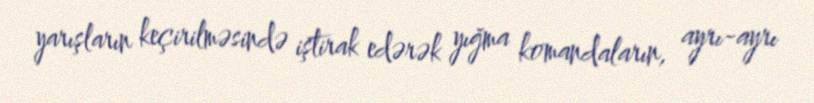
yarışların keçirilməsində iştirak edərək yığma komandaların, ayrı-ayrı